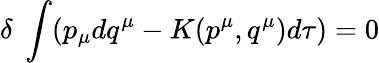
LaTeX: \delta\; \int(p_{\mu}dq^{\mu}-K(p^{\mu},q^{\mu})d\tau)=0